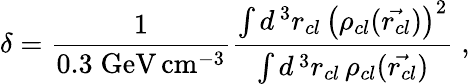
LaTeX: \delta=\frac{1}{0.3\; \mathrm{GeV}\, \mathrm{cm}^{-3}}\frac{\int d^{\, 3}r_{cl}\, \left(\rho_{cl}(\vec{r_{cl}})\right)^{2}}{\int d^{\, 3}r_{cl}\, \rho_{cl}(\vec{r_{cl}})}\; ,